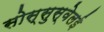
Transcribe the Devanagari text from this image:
सोस्सुस्वेलई